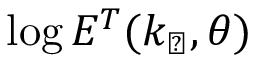
\log E ^ { T } ( k _ { \perp } , \theta )